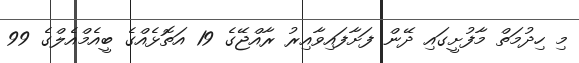
މި ހިދުމަތް މާފުށީގައި ދޭން ފަށާފައިވާއިރު ރާއްޖޭގެ 19 އަތޮޅެއްގެ ބީއެމްއެލްގެ 99